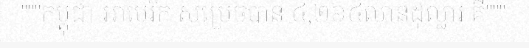
"""កម្ពុជា-អាមេរិក សម្រេចបាន ៤,២៦៤លានដុល្លារ គឺ"""